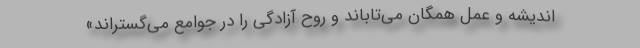
اندیشه و عمل همگان می‌تاباند و روح آزادگی را در جوامع می‌گستراند»